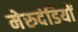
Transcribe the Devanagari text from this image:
मेरुदंडियों